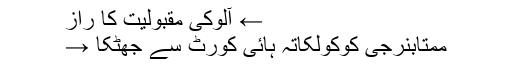
← آلوکی مقبولیت کا راز
ممتابنرجی کوکولکاتہ ہائی کورٹ سے جھٹکا →